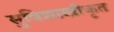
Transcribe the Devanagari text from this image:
सुविशाखीकृत